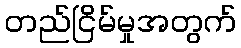
တည်ငြိမ်မှုအတွက်